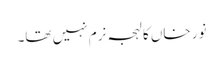
نور خاں کا لہجہ نرم نہیں تھا۔